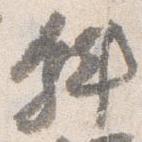
斜